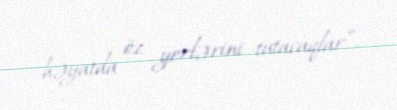
həyatda öz yerlərini tutacaqlar”.